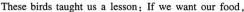
These birds taught us a lesson:If we want our food.